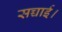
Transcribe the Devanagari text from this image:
सच्चाई।